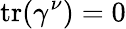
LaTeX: \operatorname{tr}(\gamma^{\nu})=0